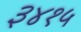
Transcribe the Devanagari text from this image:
३४१५